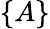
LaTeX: \{ A\}